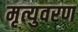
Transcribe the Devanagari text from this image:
मृत्युवरण